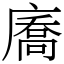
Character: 㢗